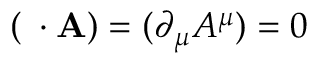
( \mathbf { \partial } \cdot \mathbf { A } ) = ( \partial _ { \mu } A ^ { \mu } ) = 0